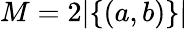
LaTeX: M=2|\{ (a,b)\} |